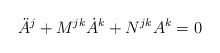
\begin{align*}\ddot A^j + M^{jk}\dot A^k + N^{jk}A^k = 0\end{align*}